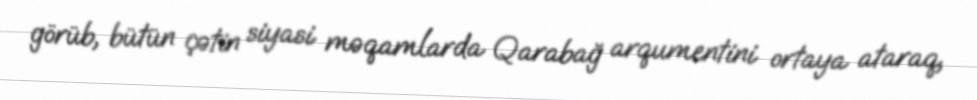
görüb, bütün çətin siyasi məqamlarda Qarabağ arqumentini ortaya ataraq,